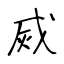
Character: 烕